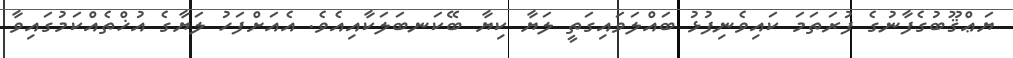
ޔަޢްޤޫބުގެފާނުގެ ފުރަތަމަ ކައިވެނިފުޅު ބައްލަވައިގަތީ ލަޔާ ކިޔާ ބޭކަނބަލަކާއިއެވެ. އެއަށްފަހު ލަޔާގެ އުޚްތެއްކަމުގައިވާ